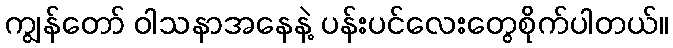
ကျွန်တော် ဝါသနာအနေနဲ့ ပန်းပင်လေးတွေစိုက်ပါတယ်။